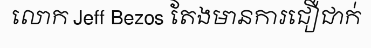
លោក Jeff Bezos តែងមានការជឿជាក់